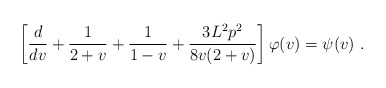
\begin{align*} \left[ \frac{d}{dv} +\frac1{2+v} +\frac1{1-v} +\frac{3L^2p^2}{8v(2+v)}\right] \varphi(v) = \psi(v)~.\end{align*}